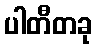
ပါတီတခု